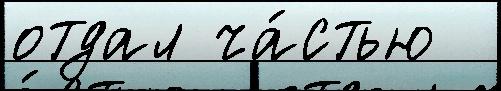
отдал ча́стью